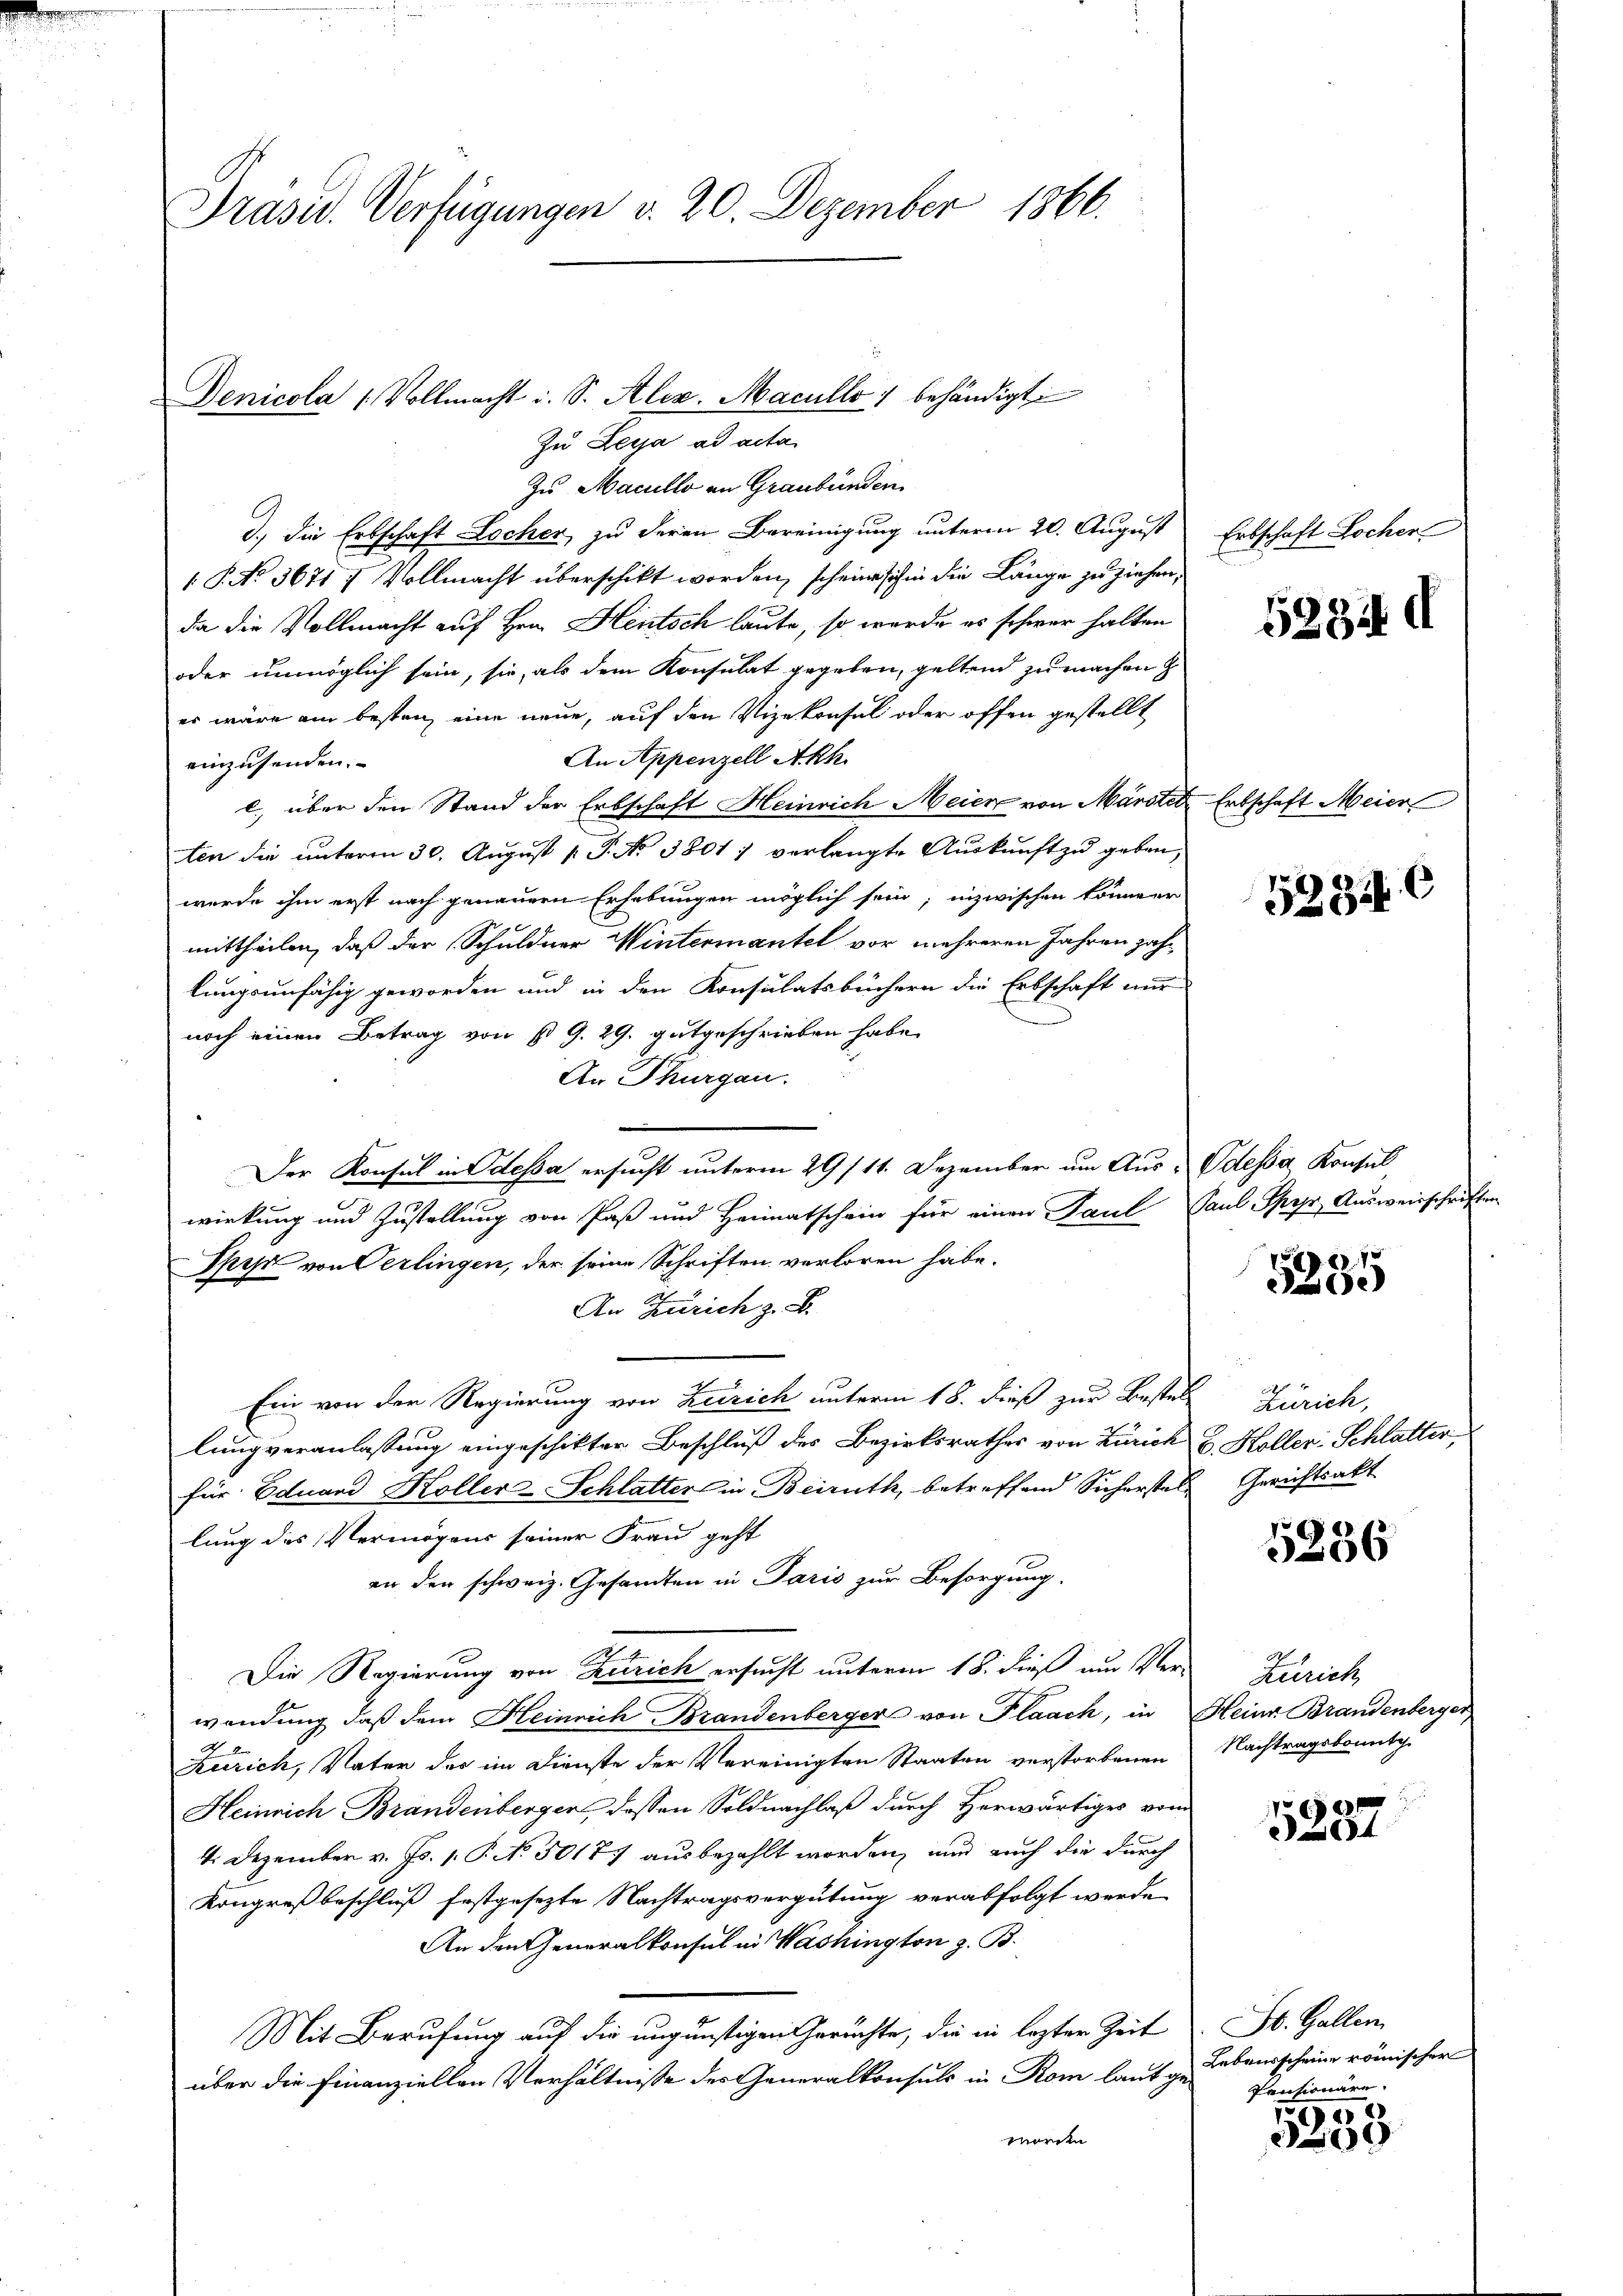
Präsid. Verfügungen v. 20. Dezember 1866.

Denicola 1 Vollmacht u. S. Alex. Macullo behändigt
Zu Leija ad acta
Zu Macullo an Graubünden

d.) die Erbschaft Locher, zu deren Bereinigung unterm 20. August
1 P. No 3671. Vollmacht überschikt worden, scheine sich in die Länge zu ziehen,
da die Vollmacht auf Hrn. Heutsch laute, so wurde es schwer halten
oder unmöglich sein, sie, als dem Konsulat gegeben, geltend zu machen
es wäre am besten eine neue, auf den Vizekonsul oder offen gestellt
An Appenzell Akh.
einzusenden.
l. über den Stand der Erbschaft Heinrich Meier von Märstel
ten die unterm 30. August [ P. No 3801 7 verlangte Auskunft zu geben,
wurde ihm erst nach genauern Erhebungen möglich sein; inzwischen könnenr
mittheilen, daß der Schuldner Wintermantel vor mehreren Jahren zahlungsunfähig geworden und in den Konsulatsbüchern die Erbschaft und
noch einen Betrag von St G. 29. gutgeschrieben habe.
An Thurgau.
Der Konsul in Odessa ersucht unterm 29/11. Dezember um Aus- Odessa Konsul
wirkung und Zustellung von Paß und Heimatschein für einen Paul Paul Speyr, Ausweisschriften
Spehr von Oerlingen, der seine Schriften verloren habe.
An Zürich z. B.
Ein von der Regierung von Zürich unterm 18. dieß zur Bestelle Zürich,
lung veranlassung eingeschikter Beschluß des Bezirksrathes von Zürich u. Koller Schlatter
für Eduard Koller-Schlatter in Beiruth, betreffend Sicherstel Gerichtsakt
lung des Vermögens seiner Frau geht
an den schweiz. Gesandten in Paris zur Besorgung.
Die Regierung von Zürich ersucht unterm 18. dieß aus Verwendung, daß dem Heinrich Brandenbergers von Flaach, in Heinr. Brandenberger
Zürich, Vater der im Dienste der Vereinigten Staaten verstorbenen
Heinrich Brandenberger, dessen Soldnachlaß durch Herwärtiges von
4. Dezember v. Js. 1. P. No 30177 ausbezahlt worden, und auch die durch
Kongreß beschluß festgesezte Nachtragsvergütung verabfolgt werde.
An den Generalkonsul in Washington z. B.
Mit Berufung auf die ungünstigen Gerüchte, die in lezter Zeit
über die Finanziellen Verhältnisse des Generalkonsuls in Rom laut ge-
worden

Erbschaft Lochen

Erbschaft Meier

5234 d

5234 C

5385

5236

Zürich
Nachtragsbomntg.

e
)
184

St. Gallen
Lebensscheine römischer
Pensionäre.

195
509